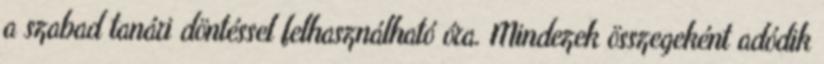
a szabad tanári döntéssel felhasználható óra. Mindezek összegeként adódik